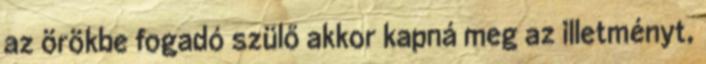
az örökbe fogadó szülő akkor kapná meg az illetményt,